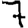
Digit: 7